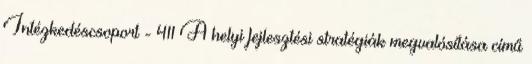
Intézkedéscsoport - 411 A helyi fejlesztési stratégiák megvalósítása című